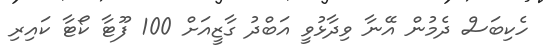
ހެކިބަސް ދެމުން އޭނާ ވިދާޅުވީ އަބްދު ގާޒީއަށް 100 ފޫޓާ ކޯޓާ ކައިރި